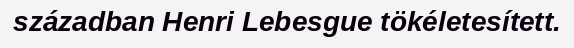
században Henri Lebesgue tökéletesített.